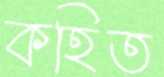
কহিত